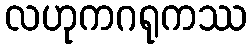
လဟုကဂရုကဿ